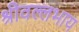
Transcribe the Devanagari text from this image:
श्रीवल्लभाय